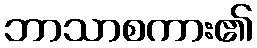
ဘာသာစကား၏